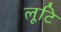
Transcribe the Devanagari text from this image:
लूटि